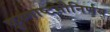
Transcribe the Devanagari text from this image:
कृष्णाष्टमीनिर्णय